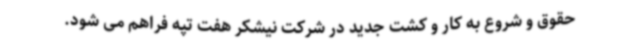
حقوق و شروع به کار و کشت جدید در شرکت نیشکر هفت تپه فراهم می شود.